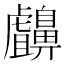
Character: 𪖸